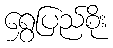
ရွှေပြည်စိုး